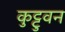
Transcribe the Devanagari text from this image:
कुट्टुवन